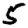
Digit: 5